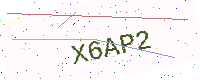
Text: X6AP2